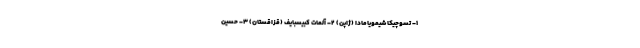
۱- تسوچیکا شیمویامادا (ژاپن) ۲- آلمات کبیسبایف (قزاقستان) ۳- حسین